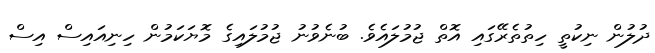
ދުލުން ނިކުތީ ހިތުތެރޭގައި އޮތް ޖުމުލައެވެ. ބުނެވުނު ޖުމުލައިގެ މޮޔަކަމުން ހިނިއައިސް އިސް